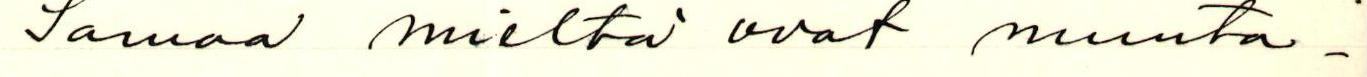
Samaa mieltä ovat muuta-